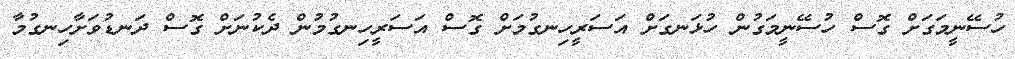
ހުސޭނީމަގަށް ގޮސް ހުސޭނީމަގުން ހުޅަނގަށް އަސަރީހިނގުމަށް ގޮސް އަސަރީހިނގުމުން ދެކުނަށް ގޮސް ދަނޑުވަށާހިނގުމާ